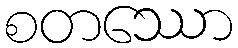
စတဿော